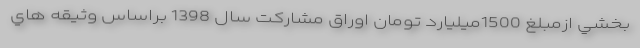
بخشي ازمبلغ 1500ميليارد تومان اوراق مشاركت سال 1398 براساس وثيقه هاي